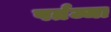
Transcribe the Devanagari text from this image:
पर्तज्जा